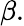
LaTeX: \beta.